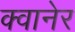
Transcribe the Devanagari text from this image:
क्वानेर